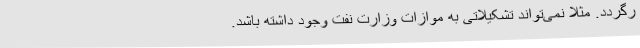
رگردد. مثلاً نمی‌تواند تشکیلاتی به موازات وزارت نفت وجود داشته باشد.